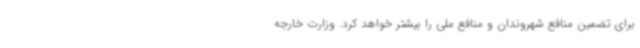
برای تضمین منافع شهروندان و منافع ملی را بیشتر خواهد کرد. وزارت خارجه